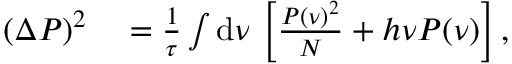
\begin{array} { r l } { ( \Delta P ) ^ { 2 } } & { { } = \frac { 1 } { \tau } \int \mathrm { d } \nu \, \left[ \frac { P ( \nu ) ^ { 2 } } { N } + h \nu P ( \nu ) \right] , } \end{array}